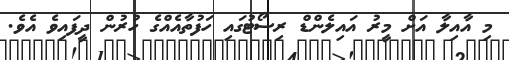
މި އާއިލާ އަށް މީރު އައިލެންޑް ރިސޯޓުގައި ހަފުތާއެއްގެ ހުރުން ދީފައިވެ އެވެ.